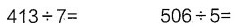
$ $413\div7=$ $ $ $ 506\div5=$ $